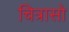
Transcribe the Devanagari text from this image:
चित्रासो